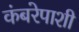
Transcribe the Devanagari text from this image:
कंबरेपाशी